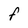
Character: f